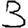
Digit: 3